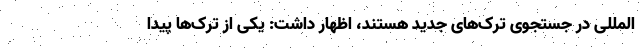
المللی در جستجوی ترک‌های جدید هستند، اظهار داشت: یکی از ترک‌ها پیدا